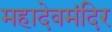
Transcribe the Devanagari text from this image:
महादेवमंदिर